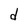
Character: d